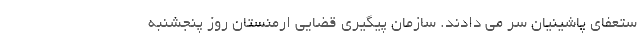
ستعفای پاشینیان سر می دادند. سازمان پیگیری قضایی ارمنستان روز پنجشنبه